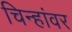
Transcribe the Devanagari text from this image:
चिन्हांवर